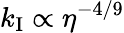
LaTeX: k_{\mathrm{I}}\propto\eta^{-4/9}